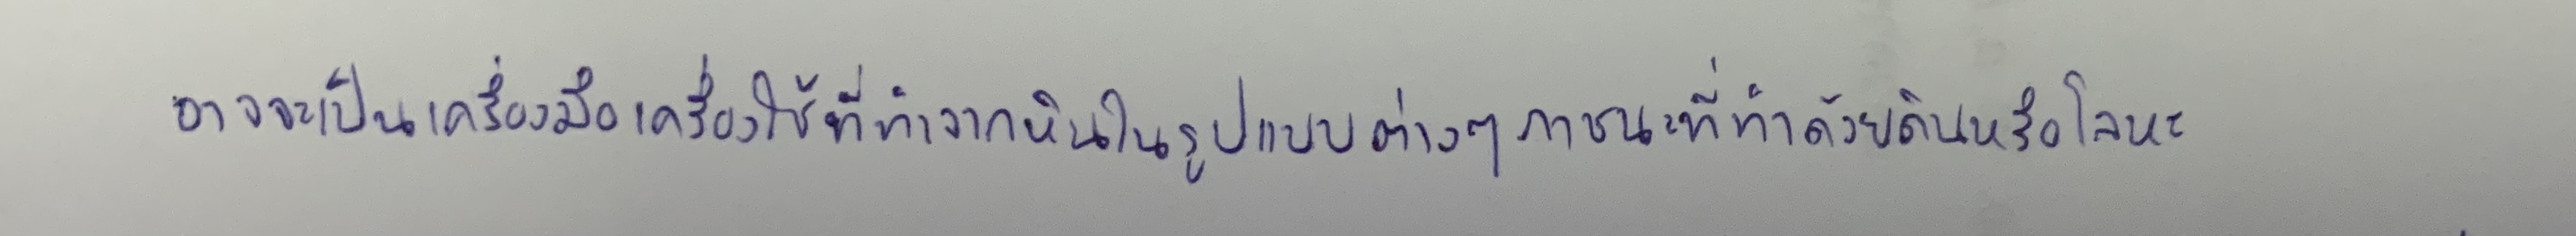
อาจจะเป็นเครื่องมือเครื่องใช้ที่ทำจากหินในรูปแบบต่างๆภาชนะที่ทำด้วยดินหรือโลหะ